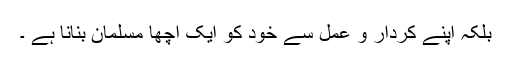
بلکہ اپنے کردار و عمل سے خود کو ایک اچھا مسلمان بنانا ہے ۔